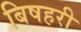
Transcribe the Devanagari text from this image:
बिषहरी